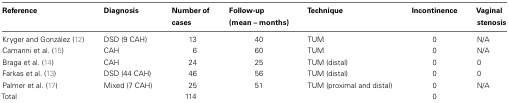
<table><thead><tr><td><b>Reference</b></td><td><b>Diagnosis</b></td><td><b>Number ofcases</b></td><td><b>Follow-up(mean – months)</b></td><td><b>Technique</b></td><td><b>Incontinence</b></td><td><b>Vaginalstenosis</b></td></tr></thead><tbody><tr><td>Kryger and González (12)</td><td>DSD (9 CAH)</td><td>13</td><td>40</td><td>TUM</td><td>0</td><td>N/A</td></tr><tr><td>Camanni et al. (15)</td><td>CAH</td><td>6</td><td>60</td><td>TUM</td><td>0</td><td>N/A</td></tr><tr><td>Braga et al. (14)</td><td>CAH</td><td>24</td><td>25</td><td>TUM (distal)</td><td>0</td><td>0</td></tr><tr><td>Farkas et al. (13)</td><td>DSD (44 CAH)</td><td>46</td><td>56</td><td>TUM (distal)</td><td>0</td><td>0</td></tr><tr><td>Palmer et al. (17)</td><td>Mixed (7 CAH)</td><td>25</td><td>51</td><td>TUM (proximal and distal)</td><td>0</td><td>N/A</td></tr><tr><td>Total</td><td></td><td>114</td><td></td><td></td><td>0</td></tr></tbody></table>